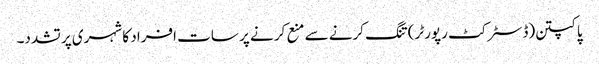
پاکپتن(ڈسٹر کٹ رپورٹر)تنگ کرنے سے منع کر نے پر سات افراد کا شہری پر تشدد۔